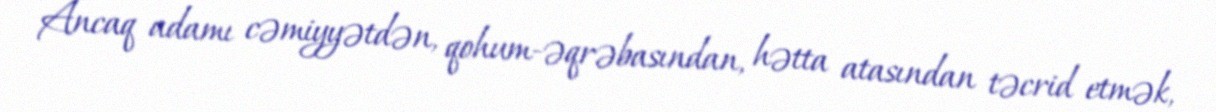
Ancaq adamı cəmiyyətdən, qohum-əqrəbasından, hətta atasından təcrid etmək,